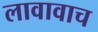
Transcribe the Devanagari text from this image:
लावावाच